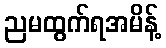
ညမထွက်ရအမိန့်